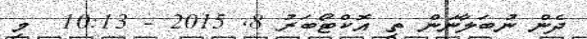
ދެން ނުބަލާނަން ތި އޮކްޓޯބަރު 8